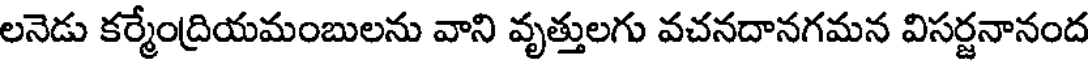
లనెడు కర్మేంద్రియమంబులను వాని వృత్తులగు వచనదానగమన విసర్జనానంద